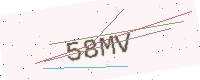
Text: 58MV